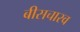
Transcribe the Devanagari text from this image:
बीसचारव